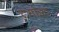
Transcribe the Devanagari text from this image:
टर्माइट